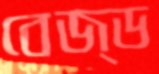
বেজ্ড